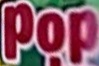
Pop